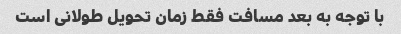
با توجه به بعد مسافت فقط زمان تحویل طولانی است